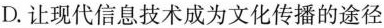
D.让现代信息技术成为文化传播的途径